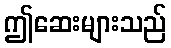
ဤဆေးများသည်